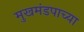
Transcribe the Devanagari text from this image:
मुखमंडपाच्या